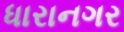
ધારાનગર